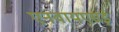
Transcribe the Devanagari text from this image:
एनवायएसई